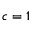
c = 1